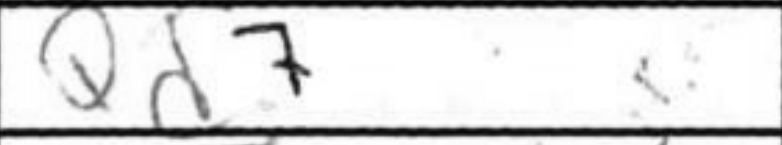
Transcription: Qd7